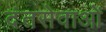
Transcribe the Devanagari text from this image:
दंतसेवाओं